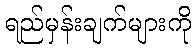
ရည်မှန်းချက်များကို